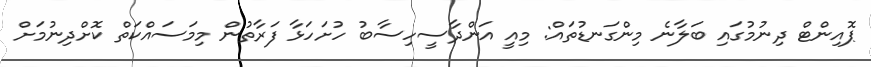
ޕޮއިންޓް ދިނުމުގައި ބަލާނެ މިންގަނޑުތައް: މިއީ އަންދާސީހިސާބު ހުށަހަޅާ ފަރާތުން މިމަސައްކަތް ކޮށްދިނުމަށް